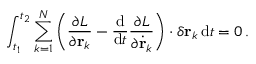
\int _ { t _ { 1 } } ^ { t _ { 2 } } \sum _ { k = 1 } ^ { N } \left( { \frac { \partial L } { \partial \mathbf { r } _ { k } } } - { \frac { \mathrm { d } } { \mathrm { d } t } } { \frac { \partial L } { \partial { \dot { \mathbf { r } } } _ { k } } } \right) \cdot \delta \mathbf { r } _ { k } \, \mathrm { d } t = 0 \, .